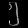
Digit: ၅